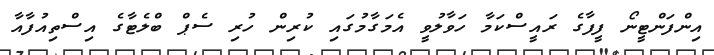
އިންފަންޓީނޯ ފީފާގެ ރައީސްކަމާ ހަވާލުވީ އެމަގާމުގައި ކުރިން ހުރި ސެޕް ބްލެޓާގެ އިސްތިއުފާއާ